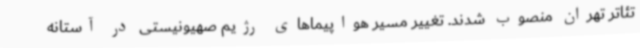
تئاتر تهران منصوب شدند. تغییر مسیر هواپیماهای رژیم صهیونیستی در آستانه